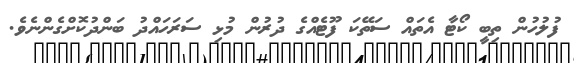
ފުލުހުން ތިބީ ކޯޓާ އެތައް ސަތޭކަ ފޫޓެއްގެ ދުރުން މުޅި ސަރަހައްދު ބަންދުކޮށްގެންނެވެ.